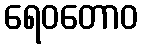
ရေဝတောဝ